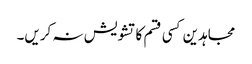
مجاہدین کسی قسم کا تشویش نہ کریں۔